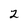
Character: 2